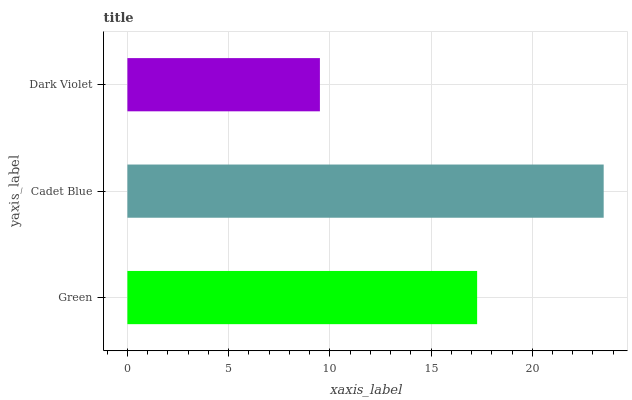
| yaxis_label | bars |
 | --- | --- |
 | Green | 17.3 |
 | Cadet Blue | 23.5 |
 | Dark Violet | 9.51 |